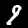
Label: 9